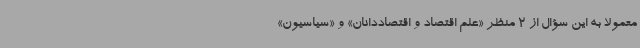
معمولاً به این سؤال از 2 منظر «علم اقتصاد و اقتصاددانان» و «سیاسیون»